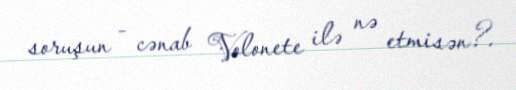
soruşun - cənab Volonete ilə nə etmisən?.